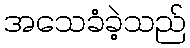
အသေခံခဲ့သည်